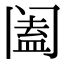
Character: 阖